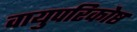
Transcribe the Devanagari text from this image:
वायुपरिकोष्ठ